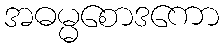
အဓမ္မစောဒကော